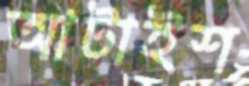
আটাইশ